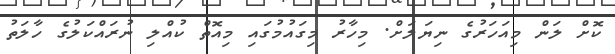
ކޮށް ލަން މިއަހަރުގެ ނިޔަލަށް. މިހާރު މިގައުމުގައި މިއޮތް ކުއްލި ނުރައްކަލުގެ ހާލަތު